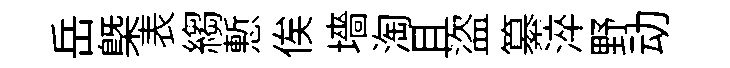
岳槩表縐慙俟墻淘且盜纂淬野动